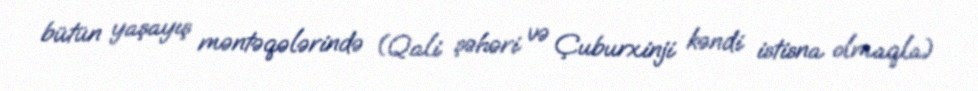
bütün yaşayış məntəqələrində (Qali şəhəri və Çuburxinji kəndi istisna olmaqla)